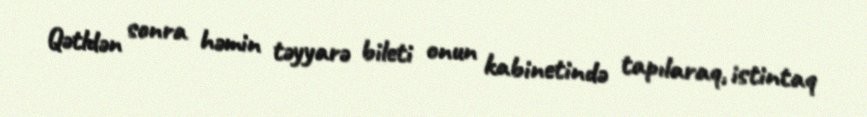
Qətldən sonra həmin təyyarə bileti onun kabinetində tapılaraq, istintaq